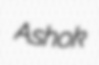
Ashok